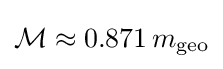
{\mathcal {M}}\approx 0.871\,m_{\rm {geo}}